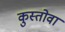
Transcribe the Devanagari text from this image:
कुस्तोवा